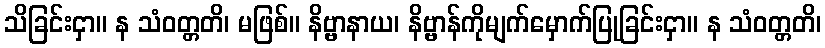
သိခြင်းငှာ။ န သံဝတ္တတိ၊ မဖြစ်။ နိဗ္ဗာနာယ၊ နိဗ္ဗာန်ကိုမျက်မှောက်ပြုခြင်းငှာ။ န သံဝတ္တတိ၊